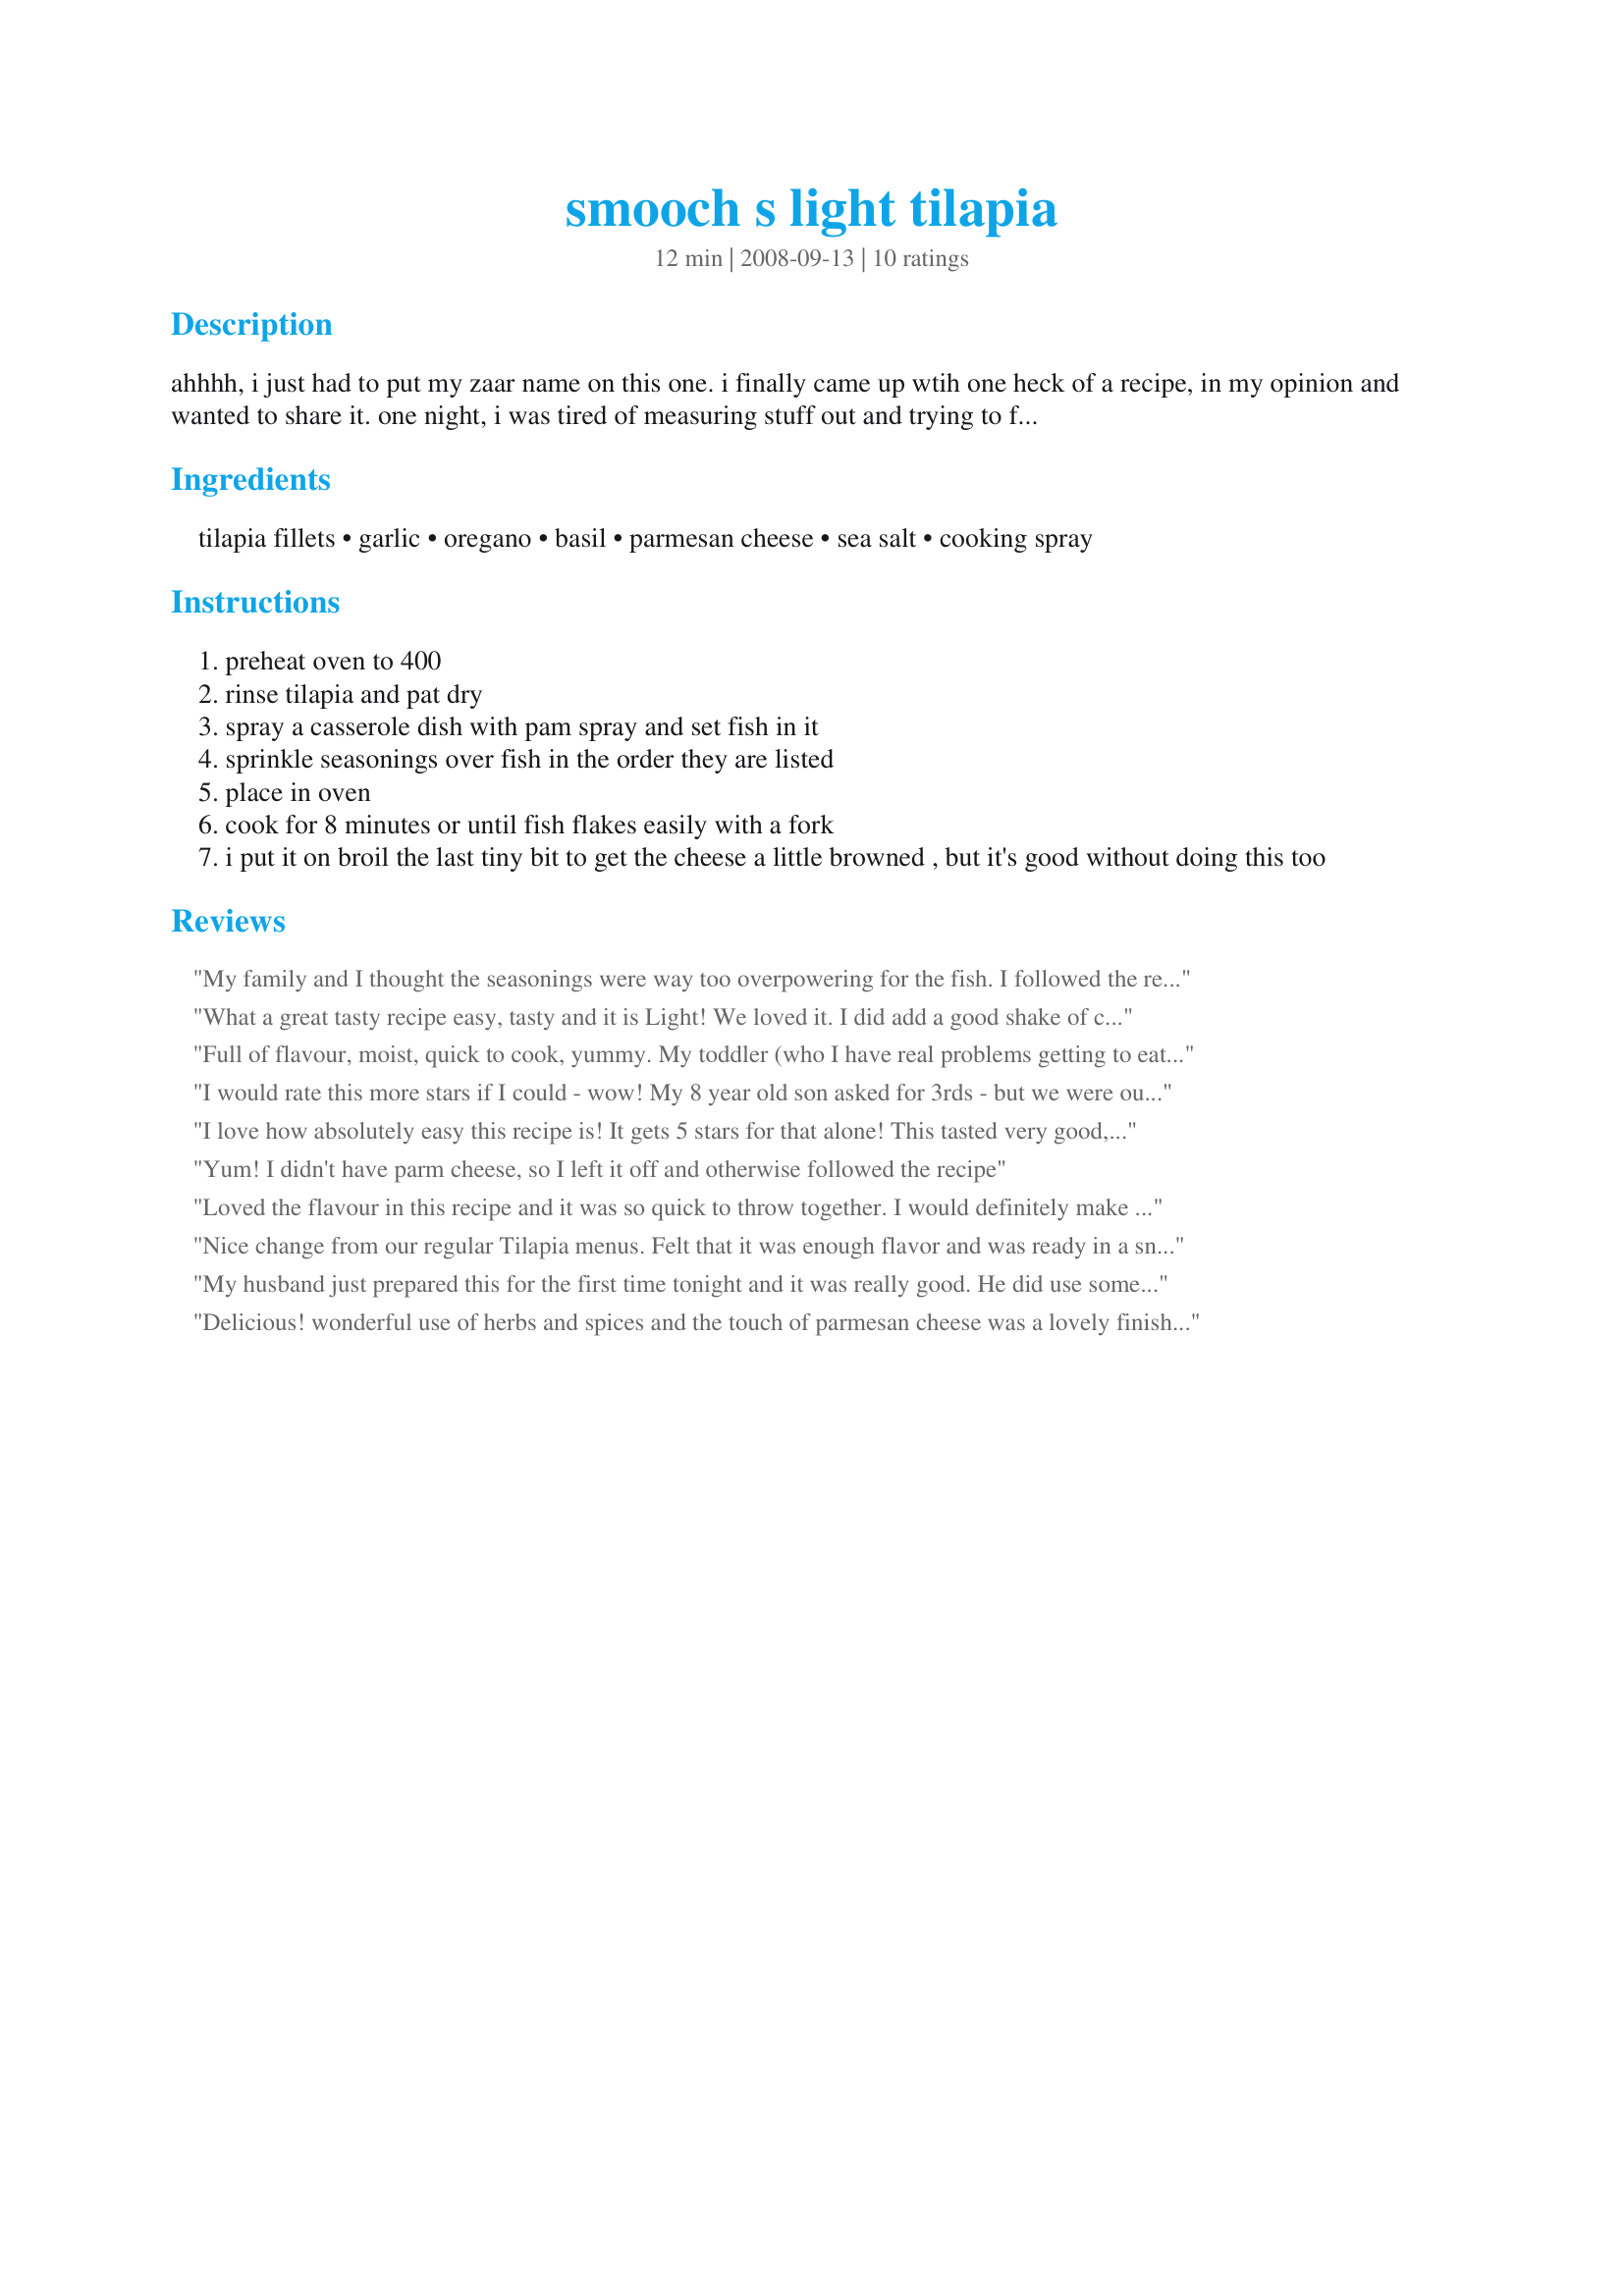
smooch s light tilapia
Preparation time: 12 minutes

ahhhh, i just had to put my zaar name on this one. i finally came up wtih one heck of a recipe, in my opinion and wanted to share it. one night, i was tired of measuring stuff out and trying to find a new way to cook my fish, so i combined some of my favorite flavors and came up with this. i'm thinking i may add a bit of ground red pepper to it too for a bit of a bite.

added: thanks for the great reviews!!! a note, i haven't used the dry garlic lately, as i'm really enjoying the freshly minced. i did try elephant garlic, because i got a ton of it free from a local farmer and it turned out much milder, but i liked it better with regular ol' garlic!

Ingredients:
tilapia fillets, garlic, oregano, basil, parmesan cheese, sea salt, cooking spray

Steps:
preheat oven to 400
rinse tilapia and pat dry
spray a casserole dish with pam spray and set fish in it
sprinkle seasonings over fish in the order they are listed
place in oven
cook for 8 minutes or until fish flakes easily with a fork
i put it on broil the last tiny bit to get the cheese a little browned , but it's good without doing this too

Reviews:
My family and I thought the seasonings were way too overpowering for the fish. I followed the recipe exactly as written.
What a great tasty recipe easy, tasty and it is Light! We loved it. I did add a good shake of chili flkes Thanks Snooch for posting
Full of flavour, moist, quick to cook, yummy. My toddler (who I have real problems getting to eat anything at the moment) - not only finished it, but asked for more!!! Thanks so much
I would rate this more stars if I could - wow! My 8 year old son asked for 3rds - but we were out, because everyone was gobbling it up! My whole family ate this and loved it - even the ones that don't like fish! I made it exactly as posted. Thanks so much! We will make this often!!
I love how absolutely easy this recipe is! It gets 5 stars for that alone! This tasted very good, the only thing I'd add next time is a little bit of lemon juice. It was a very light tasting dish. I made this along with "Savory Couscous" #221217 and it blended very well.
Yum! I didn't have parm cheese, so I left it off and otherwise followed the recipe
Loved the flavour in this recipe and it was so quick to throw together. I would definitely make this again.
Nice change from our regular Tilapia menus. Felt that it was enough flavor and was ready in a snap!! Did use a little lemon juice as noted in previous review , but followed the postd recipe other than that. Thanks for the post
My husband just prepared this for the first time tonight and it was really good. He did use some different ingridients though. He used Athens Greek fish seasoning (really light) and also onion salt.

Our 4 year old ate it all! Our prayers have been answered!
Delicious! wonderful use of herbs and spices and the touch of parmesan cheese was a lovely finish! I took your thought and did add a shake of cayenne pepper, just a nice little bite. enjoyed this very much and will definately be making it again, thanks for posting. Forgot to mention I used Basa fish, it worked beautifully!
